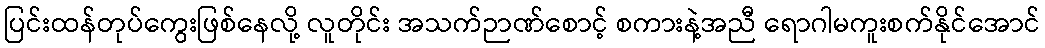
ပြင်းထန်တုပ်ကွေးဖြစ်နေလို့ လူတိုင်း အသက်ဉာဏ်စောင့် စကားနဲ့အညီ ရောဂါမကူးစက်နိုင်အောင်